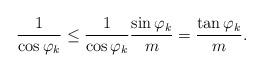
LaTeX: \begin{align*}\frac{1}{\cos \varphi _{k}}\leq \frac{1}{\cos \varphi _{k}}\frac{\sin\varphi _{k}}{m}=\frac{\tan \varphi _{k}}{m}. \end{align*}